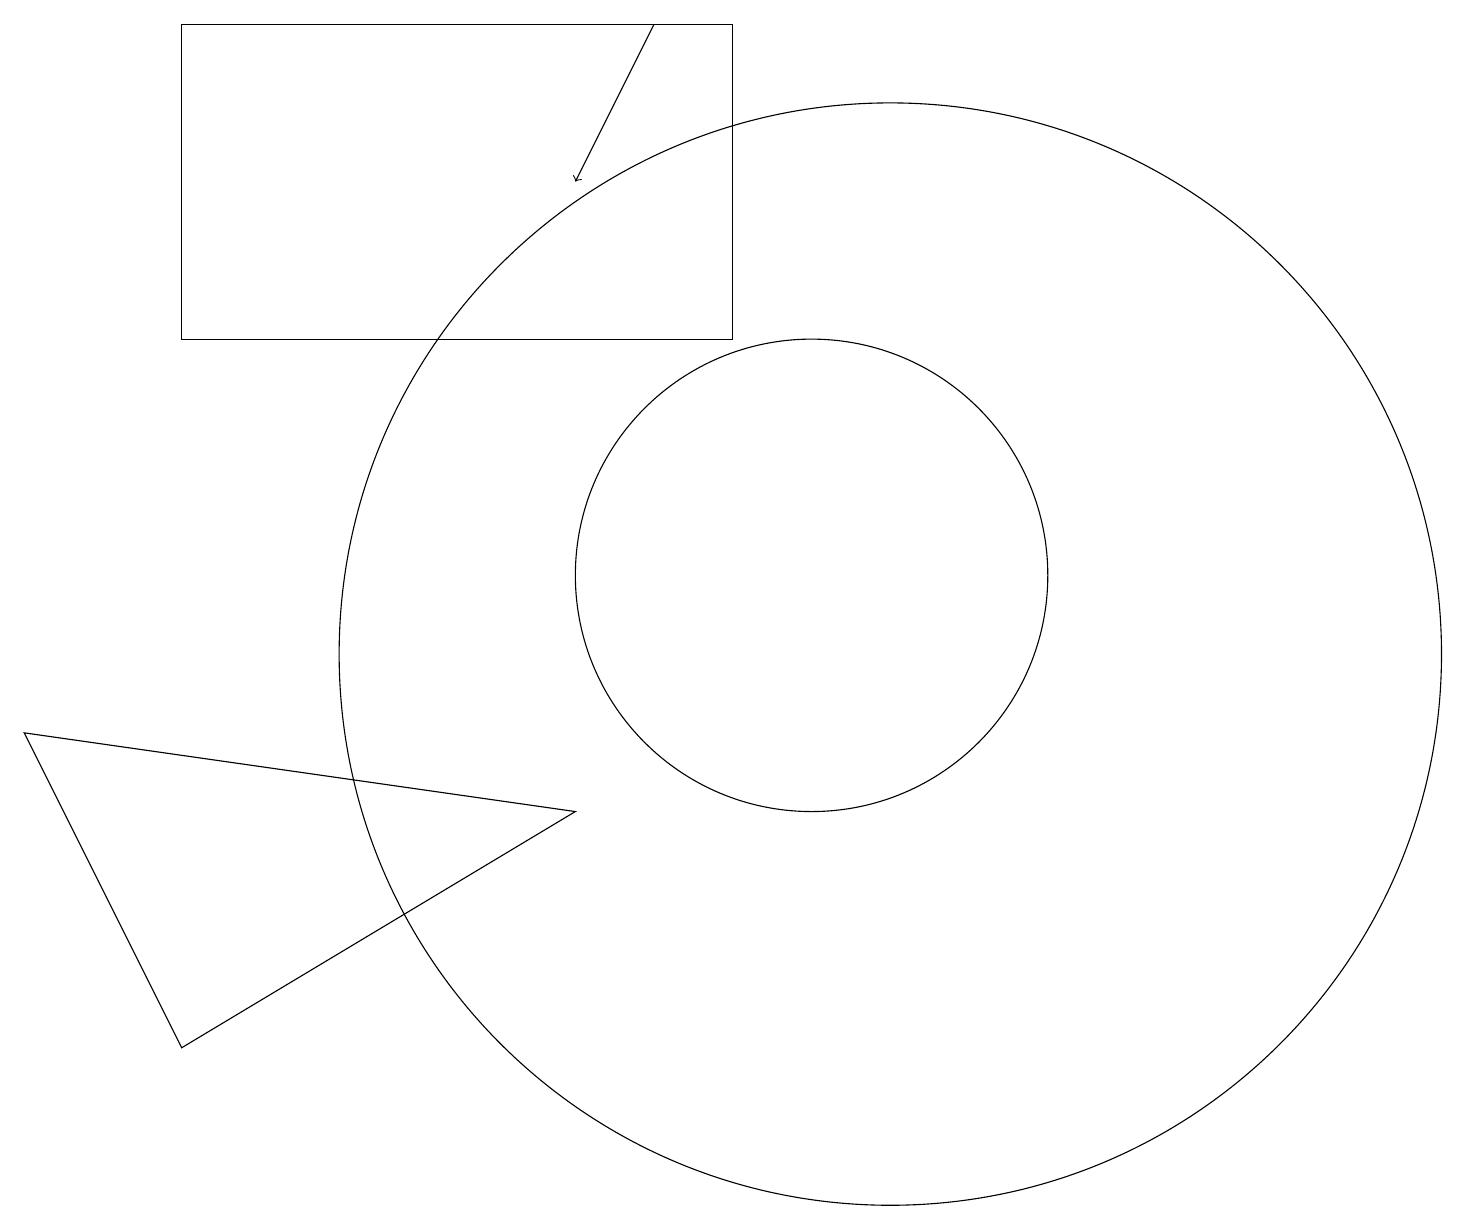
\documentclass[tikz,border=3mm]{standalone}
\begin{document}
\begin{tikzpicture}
\draw (7,8) -- (0,9) -- (2,5) -- cycle;
\draw (11,10) circle (7);
\draw[->] (8,18) -- (7,16);
\draw (10,11) circle (3);
\draw (9,18) rectangle (2,14);
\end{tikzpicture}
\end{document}